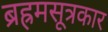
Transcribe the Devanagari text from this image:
ब्रह्रमसूत्रकार